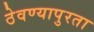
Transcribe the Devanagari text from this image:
ठेवण्यापुरता